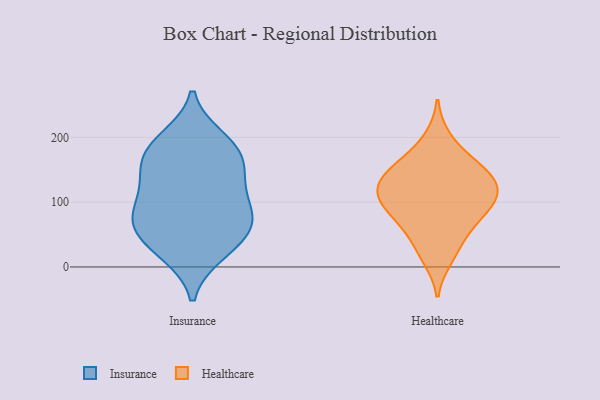
{"axis": {"x": "Page Views", "y": "Value"}, "legend": ["Healthcare", "Insurance"], "data": [{"x": "", "y": 136, "type": "Insurance"}, {"x": "", "y": 46, "type": "Insurance"}, {"x": "", "y": 60, "type": "Insurance"}, {"x": "", "y": 20, "type": "Insurance"}, {"x": "", "y": 60, "type": "Insurance"}, {"x": "", "y": 174, "type": "Insurance"}, {"x": "", "y": 100, "type": "Insurance"}, {"x": "", "y": 116, "type": "Insurance"}, {"x": "", "y": 68, "type": "Insurance"}, {"x": "", "y": 162, "type": "Insurance"}, {"x": "", "y": 196, "type": "Insurance"}, {"x": "", "y": 76, "type": "Insurance"}, {"x": "", "y": 20, "type": "Insurance"}, {"x": "", "y": 199, "type": "Insurance"}, {"x": "", "y": 89, "type": "Insurance"}, {"x": "", "y": 144, "type": "Insurance"}, {"x": "", "y": 174, "type": "Insurance"}, {"x": "", "y": 89, "type": "Healthcare"}, {"x": "", "y": 14, "type": "Healthcare"}, {"x": "", "y": 69, "type": "Healthcare"}, {"x": "", "y": 30, "type": "Healthcare"}, {"x": "", "y": 104, "type": "Healthcare"}, {"x": "", "y": 159, "type": "Healthcare"}, {"x": "", "y": 198, "type": "Healthcare"}, {"x": "", "y": 121, "type": "Healthcare"}, {"x": "", "y": 61, "type": "Healthcare"}, {"x": "", "y": 137, "type": "Healthcare"}, {"x": "", "y": 124, "type": "Healthcare"}, {"x": "", "y": 119, "type": "Healthcare"}, {"x": "", "y": 153, "type": "Healthcare"}, {"x": "", "y": 156, "type": "Healthcare"}, {"x": "", "y": 86, "type": "Healthcare"}, {"x": "", "y": 110, "type": "Healthcare"}]}